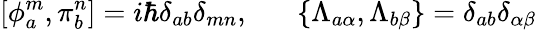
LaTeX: [\phi_{a}^{m},\pi_{b}^{n}]=i\hbar\delta_{ab}\delta_{mn},\; \; \; \; \; \; \{ \Lambda_{a\alpha},\Lambda_{b\beta}\} =\delta_{ab}\delta_{\alpha\beta}